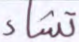
تشاء